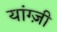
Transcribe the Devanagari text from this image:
यांग्ज़ी